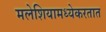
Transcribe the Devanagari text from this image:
मलेशियामध्येकरतात